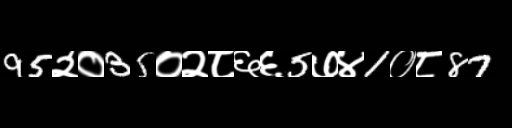
Text: 95२०35०२८६६5७४1०८87